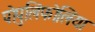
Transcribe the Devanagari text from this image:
पोपुलिफोलिया